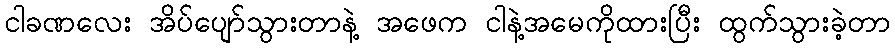
ငါခဏလေး အိပ်ပျော်သွားတာနဲ့ အဖေက ငါနဲ့အမေကိုထားပြီး ထွက်သွားခဲ့တာ